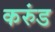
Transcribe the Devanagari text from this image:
करुंड